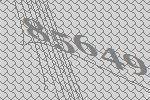
85649